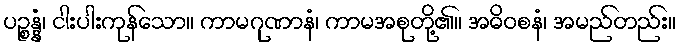
ပဉ္စန္နံ၊ ငါးပါးကုန်သော။ ကာမဂုဏာနံ၊ ကာမအစုတို့၏။ အဓိဝစနံ၊ အမည်တည်း။